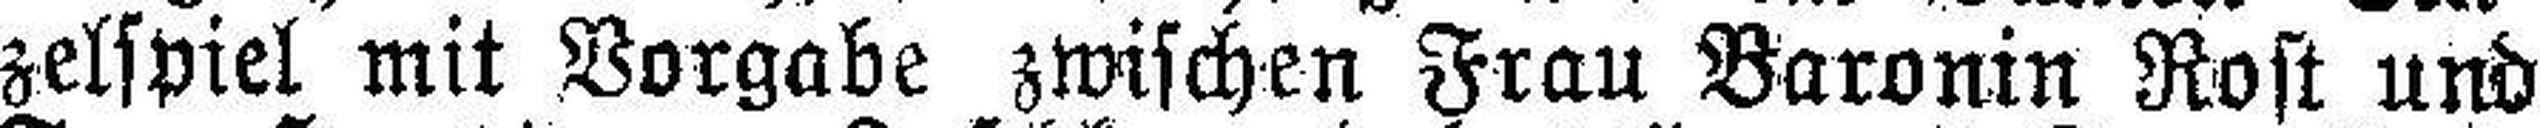
zelspiel mit Vorgabe zwischen Frau Baronin Rost und